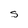
Character: S